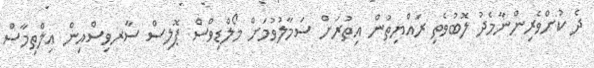
ދެ ކުށްވެރިންނާމެދު ލޮބުވެތި ރައްޔިތުން އިތުރަށް ސަމާލުވުމަށް މޯލްޑިވްސް ޕޮލިސް ސާރވިސްއިން އިލްތިމާސް